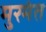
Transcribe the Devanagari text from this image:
मुरमंत